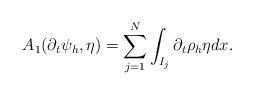
LaTeX: \begin{align*}A_1(\partial_t \psi_h, \eta) =\sum_{j=1}^N\int_{I_j} \partial_t \rho_h \eta dx.\end{align*}